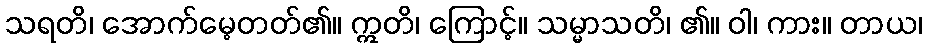
သရတိ၊ အောက်မေ့တတ်၏။ ဣတိ၊ ကြောင့်။ သမ္မာသတိ၊ ၏။ ဝါ၊ ကား။ တာယ၊